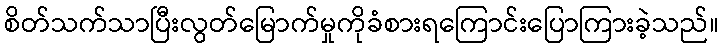
စိတ်သက်သာပြီးလွတ်မြောက်မှုကိုခံစားရကြောင်းပြောကြားခဲ့သည်။